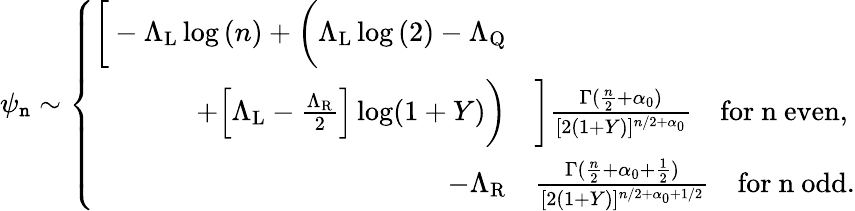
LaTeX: \psi_{\mathtt{n}}\sim\left\{ \begin{array}{rl}{\bigg[-\Lambda_{\mathrm{L}}\log{(n)}+\bigg(\Lambda_{\mathrm{L}}\log{(2)}-\Lambda_{\mathrm{Q}}}&{}\\ {+\Big[\Lambda_{\mathrm{L}}-\frac{\Lambda_{\mathrm{R}}}{2}\Big]\log(1+Y)\bigg)}&{\bigg]\frac{\Gamma(\frac{n}{2}+\alpha_{0})}{[2(1+Y)]^{n/2+\alpha_{0}}}\quad\mathrm{for~n~even},}\\ {-\Lambda_{\mathrm{R}}}&{\frac{\Gamma(\frac{n}{2}+{\alpha_{0}+\frac{1}{2}})}{[2(1+Y)]^{n/2+{\alpha_{0}+1/2}}}\quad\mathrm{for~n~odd}.}\end{array}\right.